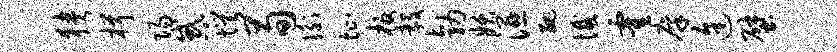
狭楫阳惑愕荀衡址板毅勃妖湿丑憾霍廪途壁